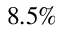
8 . 5 \%